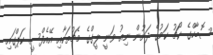
ސޮބާހްގެ ކޯޗު ކަމުގެ ދަށުން ނިއު ވަނީ ލީގްގެ މެޗުތަކާއި އޭއެފްސީ ކަޕްގައި